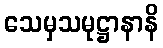
သေမှသမုဋ္ဌာနာနိ